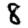
Digit: 8